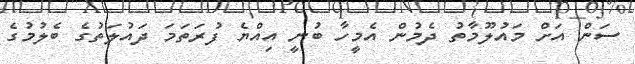
ސަން އަށް މައުލޫމާތު ދެމުން އެމީހާ ބުނީ އިއްޔެ ފުރަތަމަ ދައުލަތުގެ ބެލުމުގެ